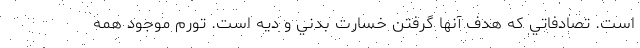
است. تصادفاتي كه هدف آنها گرفتن خسارت بدني و ديه است. تورم موجود همه